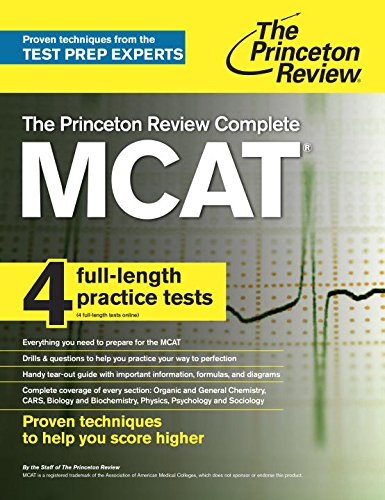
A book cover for The Princeton Review Complete MCAT: New for MCAT 2015 (Graduate School Test Preparation); Princeton Review; Test Preparation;